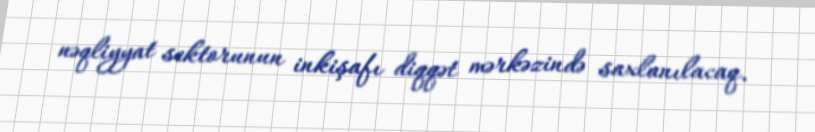
nəqliyyat sektorunun inkişafı diqqət mərkəzində saxlanılacaq.